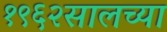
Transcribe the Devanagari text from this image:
१९६२सालच्या